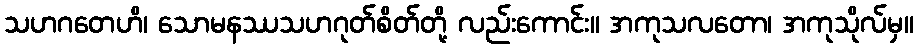
သဟဂတေဟိ၊ သောမနဿသဟဂုတ်စိတ်တို့ လည်းကောင်း။ အကုသလတော၊ အကုသိုလ်မှ။